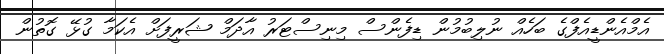
އެމްއެންޑީއެފްގެ ބަހެއް ނުލިބުމުން ޑިފެންސް މިނިސްޓަރު އާދަމް ޝަރީފަށް އެކަމާ ގުޅޭ ގޮތުން